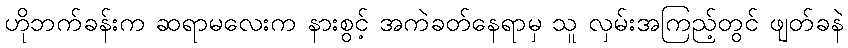
ဟိုဘက်ခန်းက ဆရာမလေးက နားစွင့် အကဲခတ်နေရာမှ သူ လှမ်းအကြည့်တွင် ဖျတ်ခနဲ